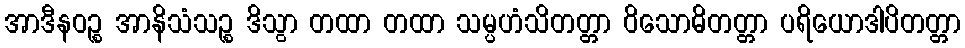
အာဒီနဝဉ္စ အာနိသံသဉ္စ ဒိသွာ တထာ တထာ သမ္ပဟံသိတတ္တာ ဝိသောဓိတတ္တာ ပရိယောဒါပိတတ္တာ